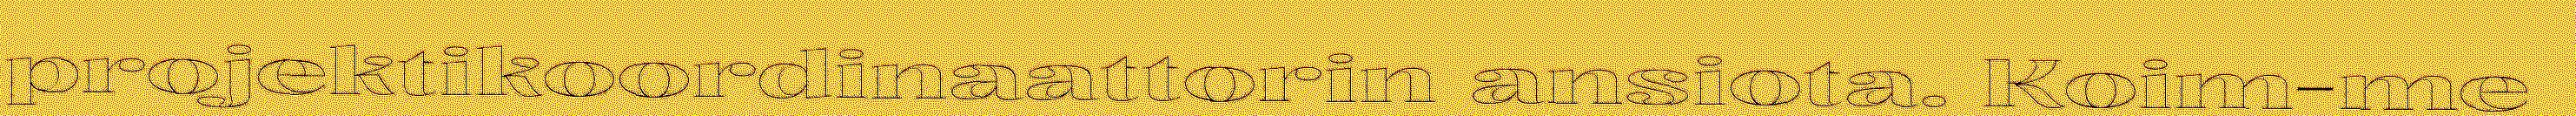
projektikoordinaattorin ansiota. Koim-me